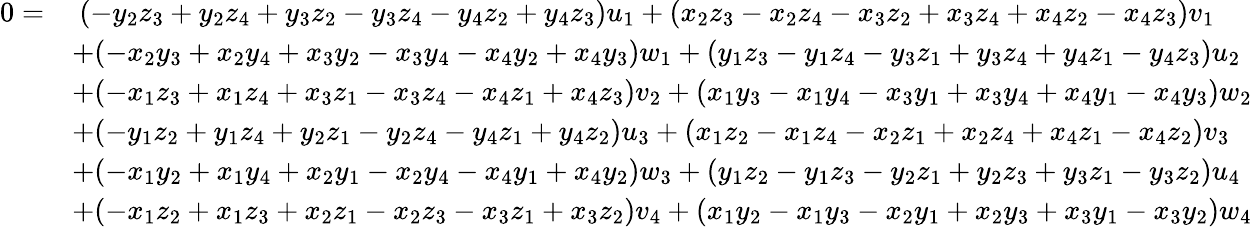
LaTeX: \begin{array}{rl}{0=}&{\ (-y_{2}z_{3}+y_{2}z_{4}+y_{3}z_{2}-y_{3}z_{4}-y_{4}z_{2}+y_{4}z_{3})u_{1}+(x_{2}z_{3}-x_{2}z_{4}-x_{3}z_{2}+x_{3}z_{4}+x_{4}z_{2}-x_{4}z_{3})v_{1}}\\ &{+(-x_{2}y_{3}+x_{2}y_{4}+x_{3}y_{2}-x_{3}y_{4}-x_{4}y_{2}+x_{4}y_{3})w_{1}+(y_{1}z_{3}-y_{1}z_{4}-y_{3}z_{1}+y_{3}z_{4}+y_{4}z_{1}-y_{4}z_{3})u_{2}}\\ &{+(-x_{1}z_{3}+x_{1}z_{4}+x_{3}z_{1}-x_{3}z_{4}-x_{4}z_{1}+x_{4}z_{3})v_{2}+(x_{1}y_{3}-x_{1}y_{4}-x_{3}y_{1}+x_{3}y_{4}+x_{4}y_{1}-x_{4}y_{3})w_{2}}\\ &{+(-y_{1}z_{2}+y_{1}z_{4}+y_{2}z_{1}-y_{2}z_{4}-y_{4}z_{1}+y_{4}z_{2})u_{3}+(x_{1}z_{2}-x_{1}z_{4}-x_{2}z_{1}+x_{2}z_{4}+x_{4}z_{1}-x_{4}z_{2})v_{3}}\\ &{+(-x_{1}y_{2}+x_{1}y_{4}+x_{2}y_{1}-x_{2}y_{4}-x_{4}y_{1}+x_{4}y_{2})w_{3}+(y_{1}z_{2}-y_{1}z_{3}-y_{2}z_{1}+y_{2}z_{3}+y_{3}z_{1}-y_{3}z_{2})u_{4}}\\ &{+(-x_{1}z_{2}+x_{1}z_{3}+x_{2}z_{1}-x_{2}z_{3}-x_{3}z_{1}+x_{3}z_{2})v_{4}+(x_{1}y_{2}-x_{1}y_{3}-x_{2}y_{1}+x_{2}y_{3}+x_{3}y_{1}-x_{3}y_{2})w_{4}}\end{array}